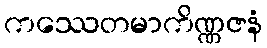
ကဿေတမာကိဏ္ဏဇနံ